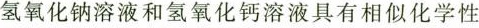
氢氧化钠溶液和氢氧化钙溶液具有相似化学性